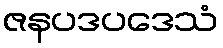
ဇနပဒပဒေသံ